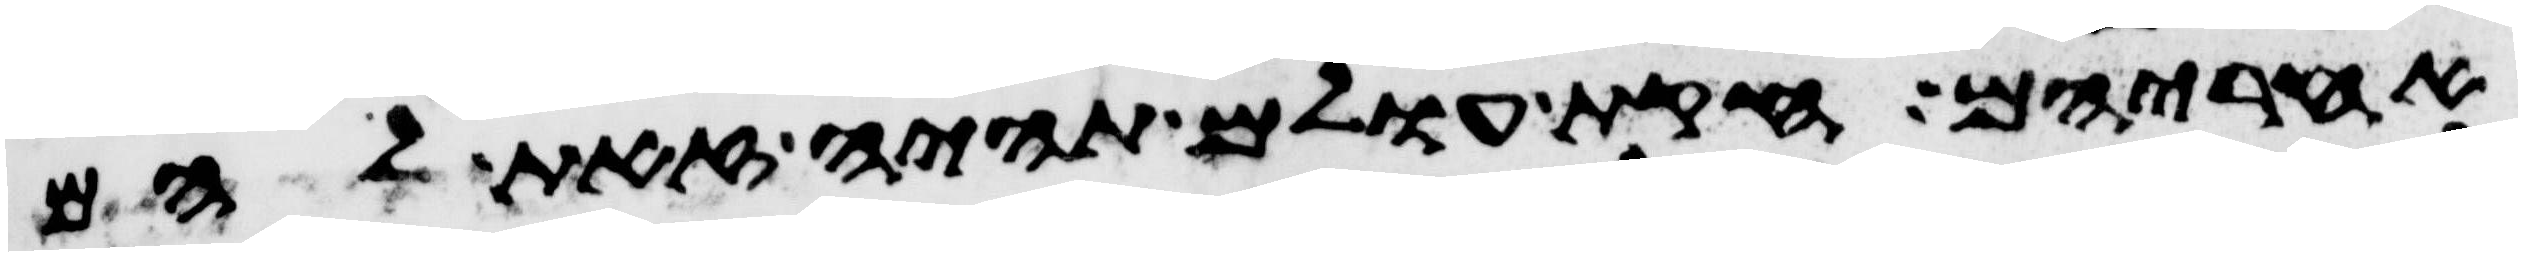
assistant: אחריהם חקות עולם תהיה זאת להם